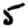
Digit: 5